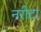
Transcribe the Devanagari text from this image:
नरीटा